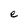
Character: e